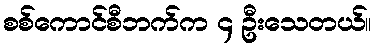
စစ်ကောင်စီဘက်က ၄ ဦးသေတယ်။